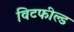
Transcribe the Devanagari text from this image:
विटफील्ड